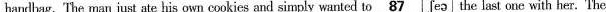
handbag. The man just ate his own cookies and simply wanted to \underline{87}[ʃeə]share the last one with her. The